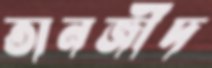
তানজীদ